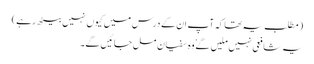
(مطلب یہ تھا کہ آپ ان کے درس میں کیوں نہیں بیٹھ رہے)
یہ شافعی نہیں ملیں گے ٗ وہ سفیان مل جائیں گے۔